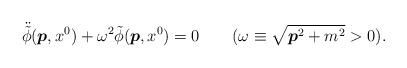
LaTeX: \begin{align*}\ddot{\tilde{\phi}}(\mbox{\boldmath $p$},x^0) + \omega^2 \tilde{\phi}(\mbox{\boldmath $p$},x^0) = 0 \qquad (\omega\equiv \sqrt{\mbox{\boldmath $p$}^2 +m^2}>0).\end{align*}